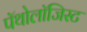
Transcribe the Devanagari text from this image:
पॅथोलॉजिस्ट